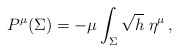
\begin{align*}P^\mu (\Sigma) = - \mu \int_{\Sigma} \sqrt{h} \; \eta^\mu\,,\end{align*}